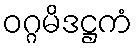
ဝဂ္ဂမိဒဋ္ဌကံ